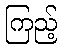
ကြည့်